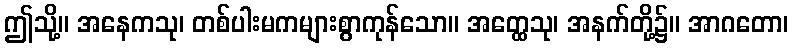
ဤသို့။ အနေကသု၊ တစ်ပါးမကများစွာကုန်သော။ အတ္ထေသု၊ အနက်တို့၌။ အာဂတော၊